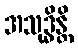
အသုဒ္ဓိန္တိ